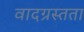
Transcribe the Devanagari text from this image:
वादग्रस्तता